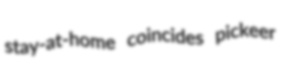
stay-at-home coincides pickeer